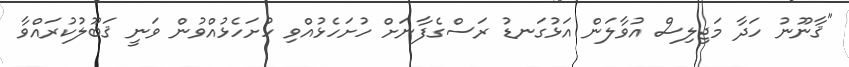
"ޤާނޫނު ހަދާ މަޖިލިސް އުވާލަން އަޅުގަނޑު ރަސްގެފާނަށް ހުށަހެޅުއްވި ހުށަހެޅުއްވުން ވަނީ ޤަބޫލުކުރައްވާ